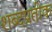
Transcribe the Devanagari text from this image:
शब्दप्रतीक